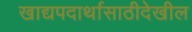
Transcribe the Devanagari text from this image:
खाद्यपदार्थासाठीदेखील